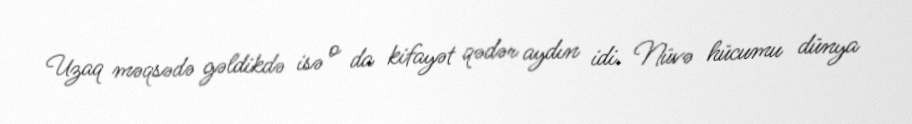
Uzaq məqsədə gəldikdə isə o da kifayət qədər aydın idi. Nüvə hücumu dünya